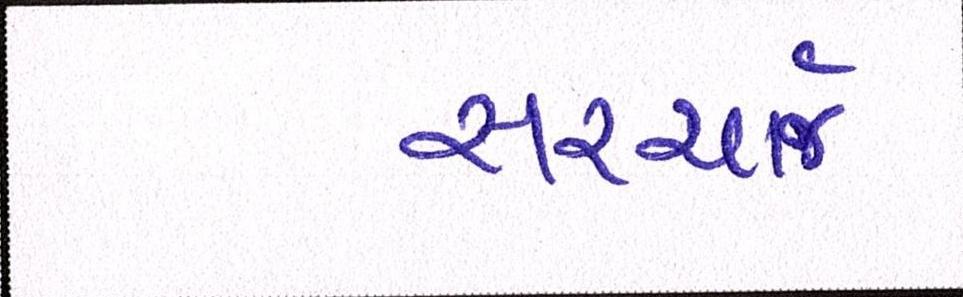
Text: સરચાર્જ